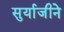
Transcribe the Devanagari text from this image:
सुर्याजीने